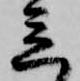
立